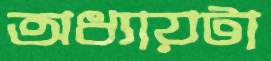
অধ্যায়টা